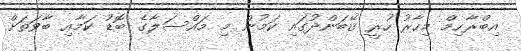
އިބްރާހިމް މިހާރު ހުރީ ގޭބަންދުގައި ކަމުން މި މައްސަލާގެ ބޮޑު ކަމާއި ބާވަތަށް